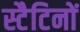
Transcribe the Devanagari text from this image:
स्टैटिनों